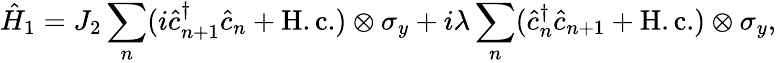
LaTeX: \hat{H}_{1}=J_{2}\sum_{n}(i\hat{c}_{n+1}^{\dagger}\hat{c}_{n}+\mathrm{H.c.})\otimes\sigma_{y}+i\lambda\sum_{n}(\hat{c}_{n}^{\dagger}\hat{c}_{n+1}+\mathrm{H.c.})\otimes\sigma_{y},